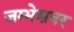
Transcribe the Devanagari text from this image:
जम्भेशवर